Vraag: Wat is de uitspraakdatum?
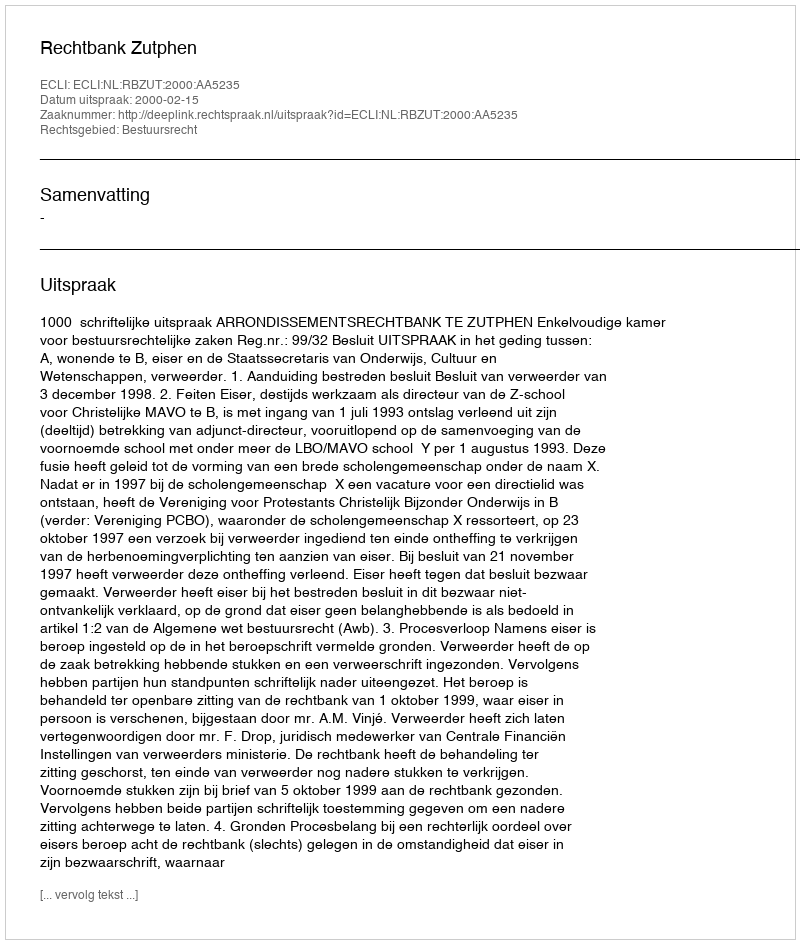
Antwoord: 2000-02-15